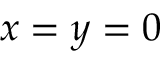
x = y = 0